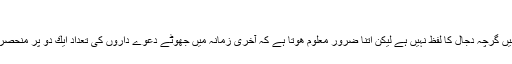
" 3
اس روایت میں گرچہ دجال كا لفظ نہیں ہے لیكن اتنا ضرور معلوم ھوتا ہے كہ آخری زمانہ میں جھوٹے دعوے داروں كی تعداد ایك دو پر منحصر نہیں ھوگی۔